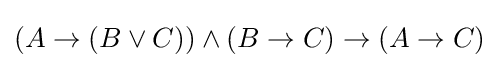
(A\to (B\lor C))\land (B\to C)\to (A\to C)